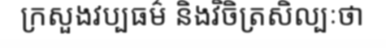
ក្រសួងវប្បធម៌ និងវិចិត្រសិល្បៈថា